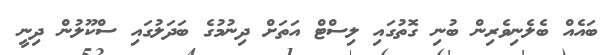
ބައެއް ބެލެނިވެރިން ބުނި ގޮތުގައި ލިސްޓް އަތަށް ދިނުމުގެ ބަދަލުގައި ސްކޫލުން ދިނީ